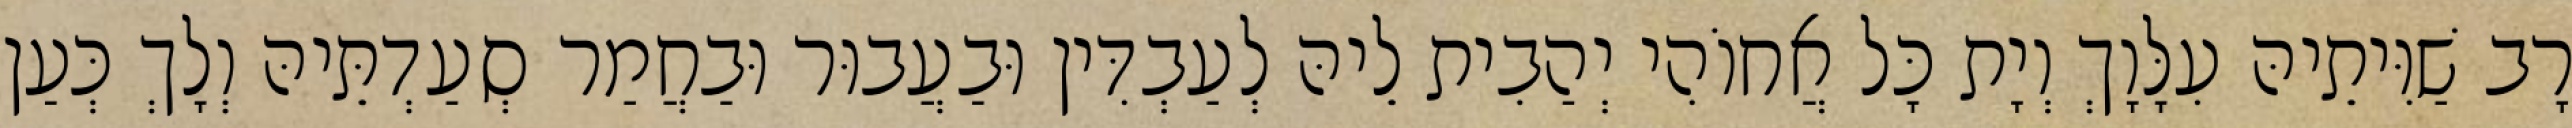
רָב שַׁוִּיתֵיהּ עִלָּוָךְ וְיָת כָּל אֲחוֹהִי יְהַבִית לֵיהּ לְעַבְדִּין וּבַעֲבוּר וּבַחֲמַר סְעַדְתֵּיהּ וְלָךְ כְּעַן